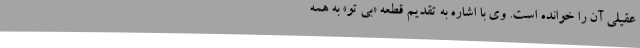
عقیلی آن را خوانده است. وی با اشاره به تقدیم قطعه «بی تو» به همه